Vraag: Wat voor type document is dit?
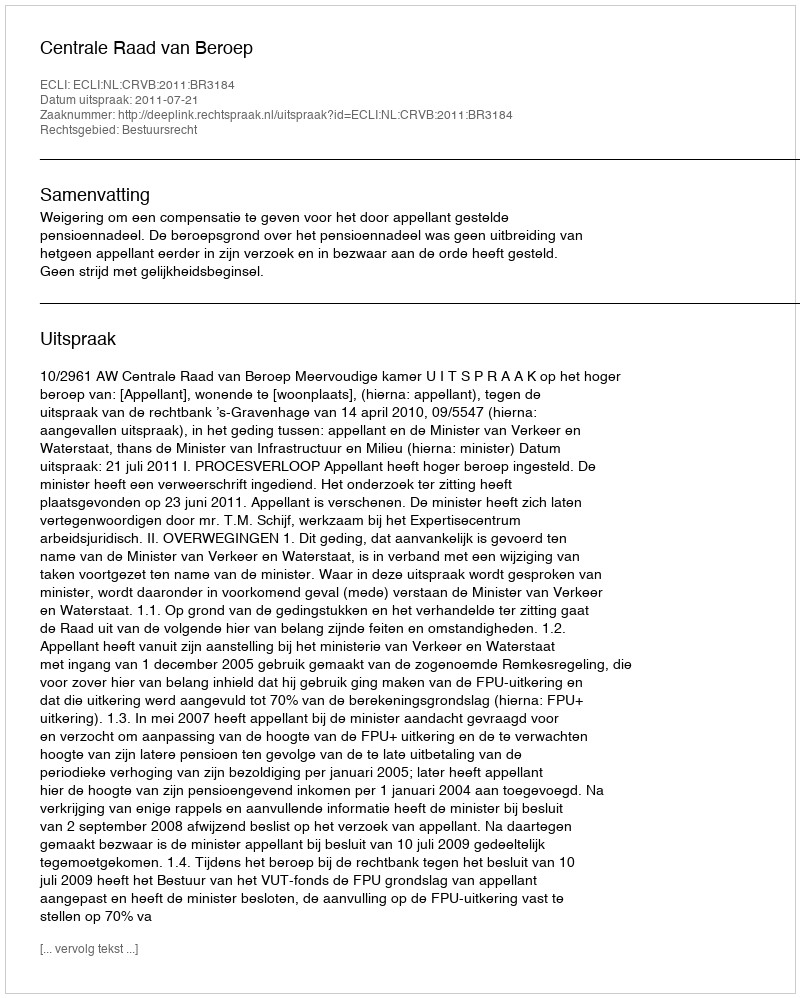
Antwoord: Uitspraak